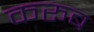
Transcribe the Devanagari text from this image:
करूब